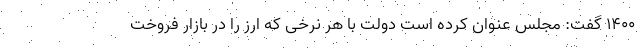
1400 گفت: مجلس عنوان کرده است دولت با هر نرخی که ارز را در بازار فروخت